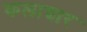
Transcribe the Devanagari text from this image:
कलाच्चार